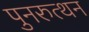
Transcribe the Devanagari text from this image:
पुनरुत्थन